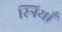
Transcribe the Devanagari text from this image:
स्त्रियाँं